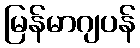
မြန်မာဂျပန်